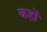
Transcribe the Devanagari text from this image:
कहों